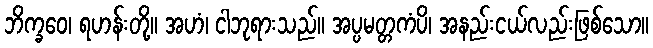
ဘိက္ခဝေ၊ ရဟန်းတို့။ အဟံ၊ ငါဘုရားသည်။ အပ္ပမတ္တကံပိ၊ အနည်းငယ်လည်းဖြစ်သော။